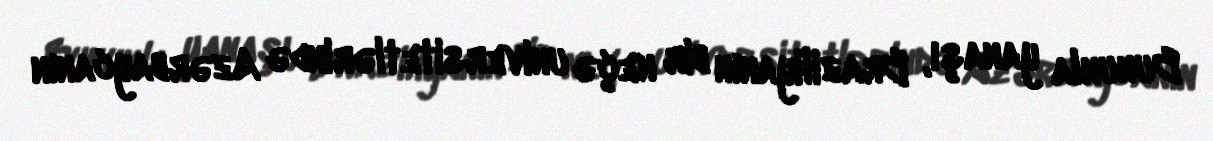
Bununla yanaşı, Braziliyanın bir neçə universitetlərində Azərbaycanın